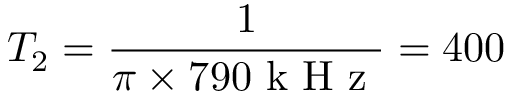
T _ { 2 } = \frac { 1 } { \pi \times 7 9 0 \mathrm { ~ k ~ H ~ z ~ } } = 4 0 0